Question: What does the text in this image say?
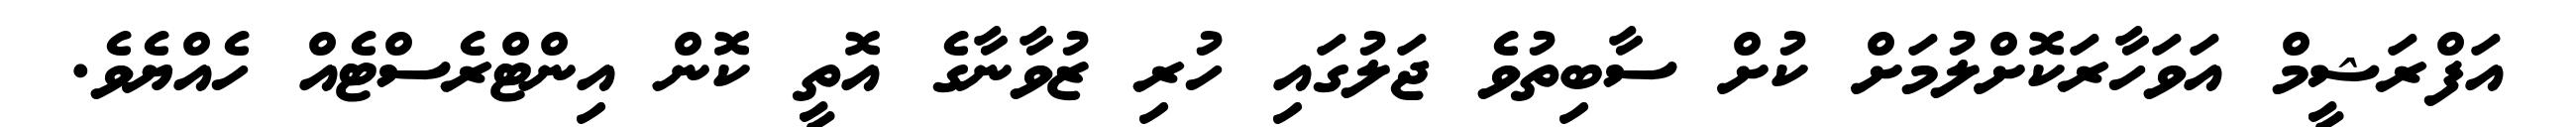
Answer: އަފްރަޝީމް އަވަހާރަކޮށްލުމަށް ކުށް ސާބިތުވެ ޖަލުގައި ހުރި ޒުވާނާގެ އޮތީ ކޮން އިންޓްރެސްޓެއް ހެއްޔެވެ.